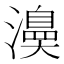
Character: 𭳅